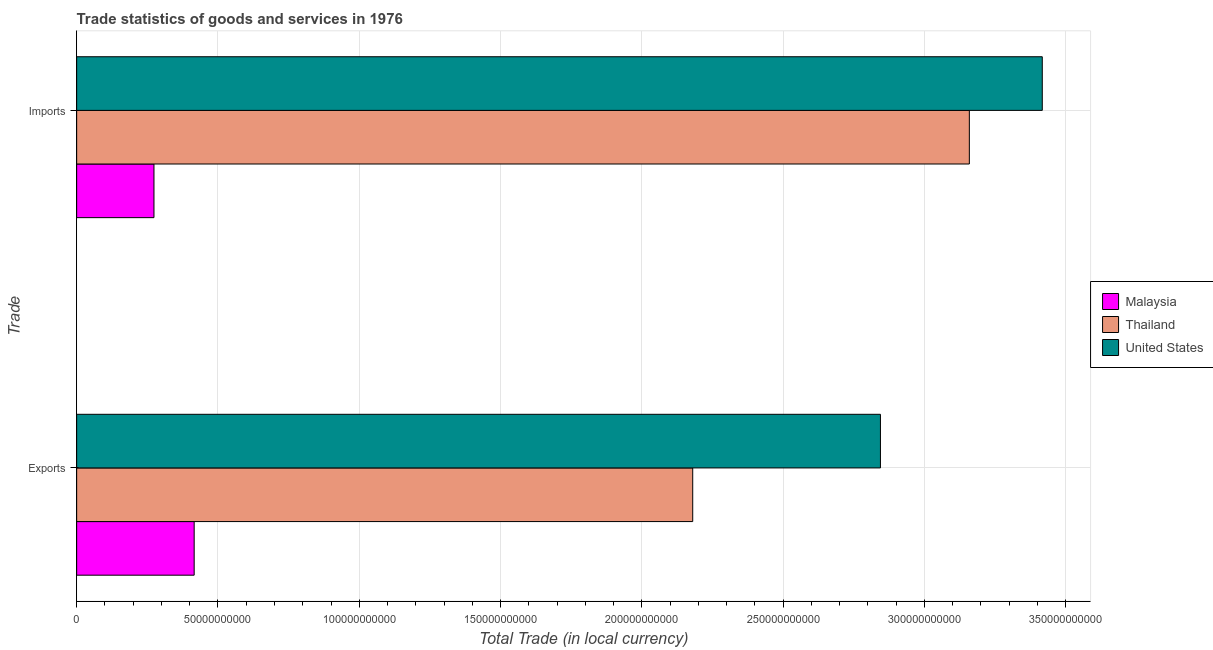
| Trade | Malaysia | Thailand | United States |
 | --- | --- | --- | --- |
 | Exports | 4.16e+10 | 2.18e+11 | 2.84e+11 |
 | Imports | 2.74e+10 | 3.16e+11 | 3.42e+11 |